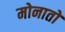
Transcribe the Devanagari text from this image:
मोनातो